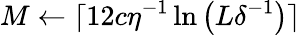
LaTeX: M\gets\lceil 12c\eta^{-1}\ln\left(L\delta^{-1}\right)\rceil